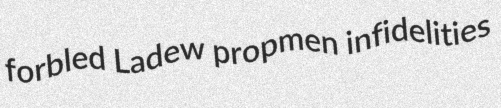
forbled Ladew propmen infidelities